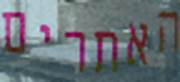
האתרים